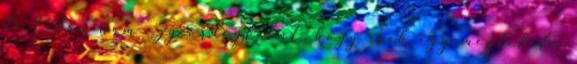
de talán nem egy ördöglakat, hogy csak egy megfelelő